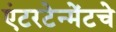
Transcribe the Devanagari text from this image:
एंटरटेन्मेंटचे